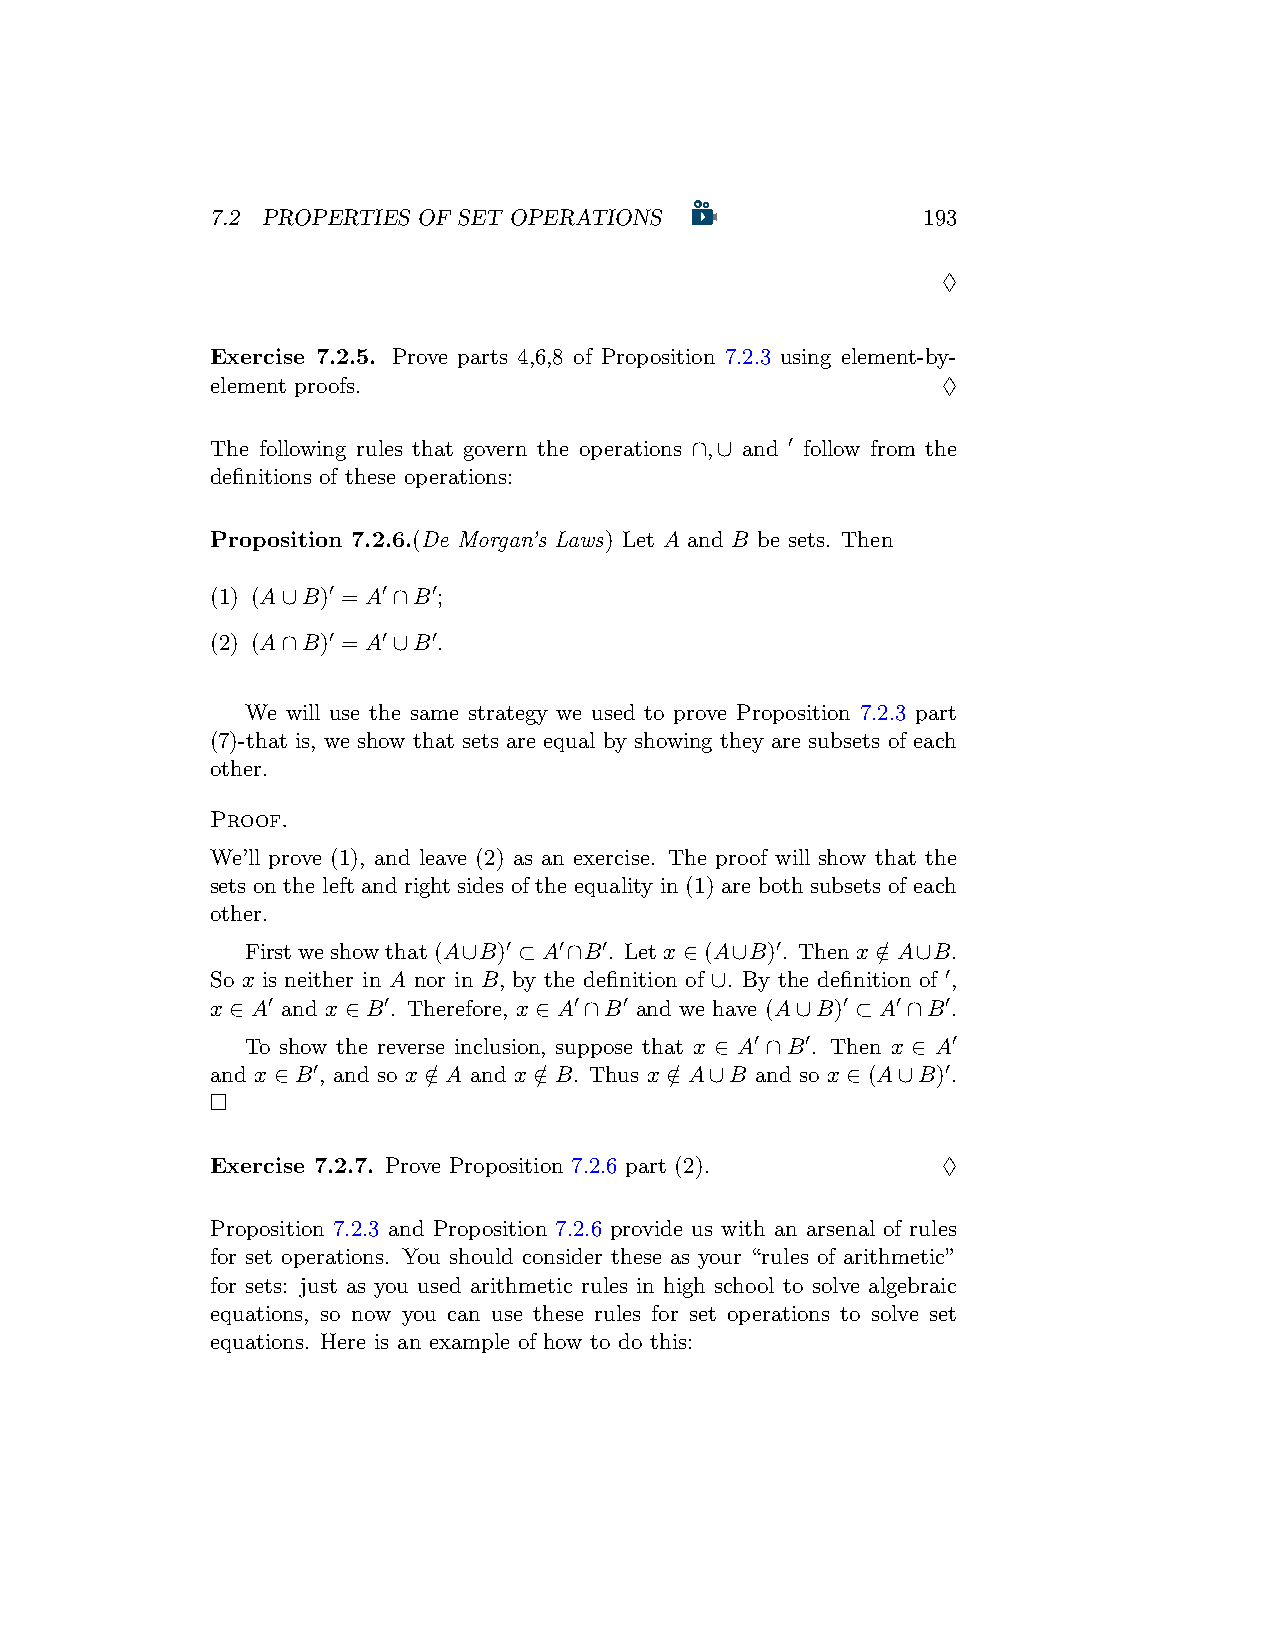
7.2 PROPERTIES OF SET OPERATIONS               193
 ♢
 Exercise 7.2.5. Prove parts 4,6,8 of Proposition 7.2.3 using element-by-
 element proofs.                                 ♢
 The following rules that govern the operations ∩,∪ and ′ follow from the
 definitions of these operations:
 Proposition 7.2.6.(De Morgan’s Laws) Let A and B be sets. Then
 (1) (A∪B)′ = A′∩B′;
 (2) (A∩B)′ = A′∪B′.
 We will use the same strategy we used to prove Proposition 7.2.3 part
 (7)-that is, we show that sets are equal by showing they are subsets of each
 other.
 Proof.
 We’ll prove (1), and leave (2) as an exercise. The proof will show that the
 sets on the left and right sides of the equality in (1) are both subsets of each
 other.
 Firstweshowthat(A∪B)′ ⊂ A′∩B′. Letx ∈ (A∪B)′. Thenx ∈/ A∪B.
 So x is neither in A nor in B, by the definition of ∪. By the definition of ′,
 x ∈ A′ and x ∈ B′. Therefore, x ∈ A′∩B′ and we have (A∪B)′ ⊂ A′∩B′.
 To show the reverse inclusion, suppose that x ∈ A′ ∩B′. Then x ∈ A′
 and x ∈ B′, and so x ∈/ A and x ∈/ B. Thus x ∈/ A∪B and so x ∈ (A∪B)′.
 □
 Exercise 7.2.7. Prove Proposition 7.2.6 part (2). ♢
 Proposition 7.2.3 and Proposition 7.2.6 provide us with an arsenal of rules
 for set operations. You should consider these as your “rules of arithmetic”
 for sets: just as you used arithmetic rules in high school to solve algebraic
 equations, so now you can use these rules for set operations to solve set
 equations. Here is an example of how to do this: